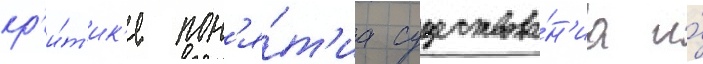
кр'и́т'ик'е пон'я́т'иа существова́н'иа и́